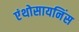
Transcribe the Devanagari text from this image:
एंथोसायनिंस